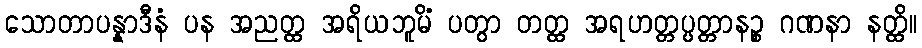
သောတာပန္နာဒီနံ ပန အညတ္ထ အရိယဘူမိံ ပတွာ တတ္ထ အရဟတ္တပ္ပတ္တာနဉ္စ ဂဏနာ နတ္ထိ။